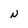
Character: W